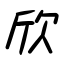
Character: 欣